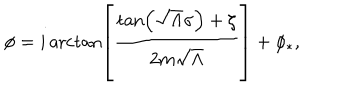
LaTeX: \phi = i \operatorname { a r c t a n } \left[ \frac { \tan \left( \sqrt { \Lambda } \sigma \right) + \zeta } { 2 m \sqrt { \Lambda } } \right] + \phi _ { * } ,